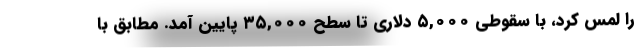
را لمس کرد، با سقوطی ۵,۰۰۰ دلاری تا سطح ۳۵,۰۰۰ پایین آمد. مطابق با